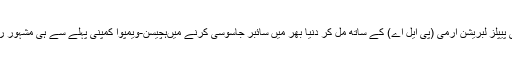
چین کی پیپلز لبریشن آرمی (پی ایل اے) کے ساتھ مل کر دنیا بھر میں سائبر جاسوسی کرنے میںہچیسن-ویمپوآ کمپنی پہلے سے ہی مشہور رہی ہیں۔